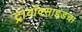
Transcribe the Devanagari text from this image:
ट्रायॉक्साइडचा